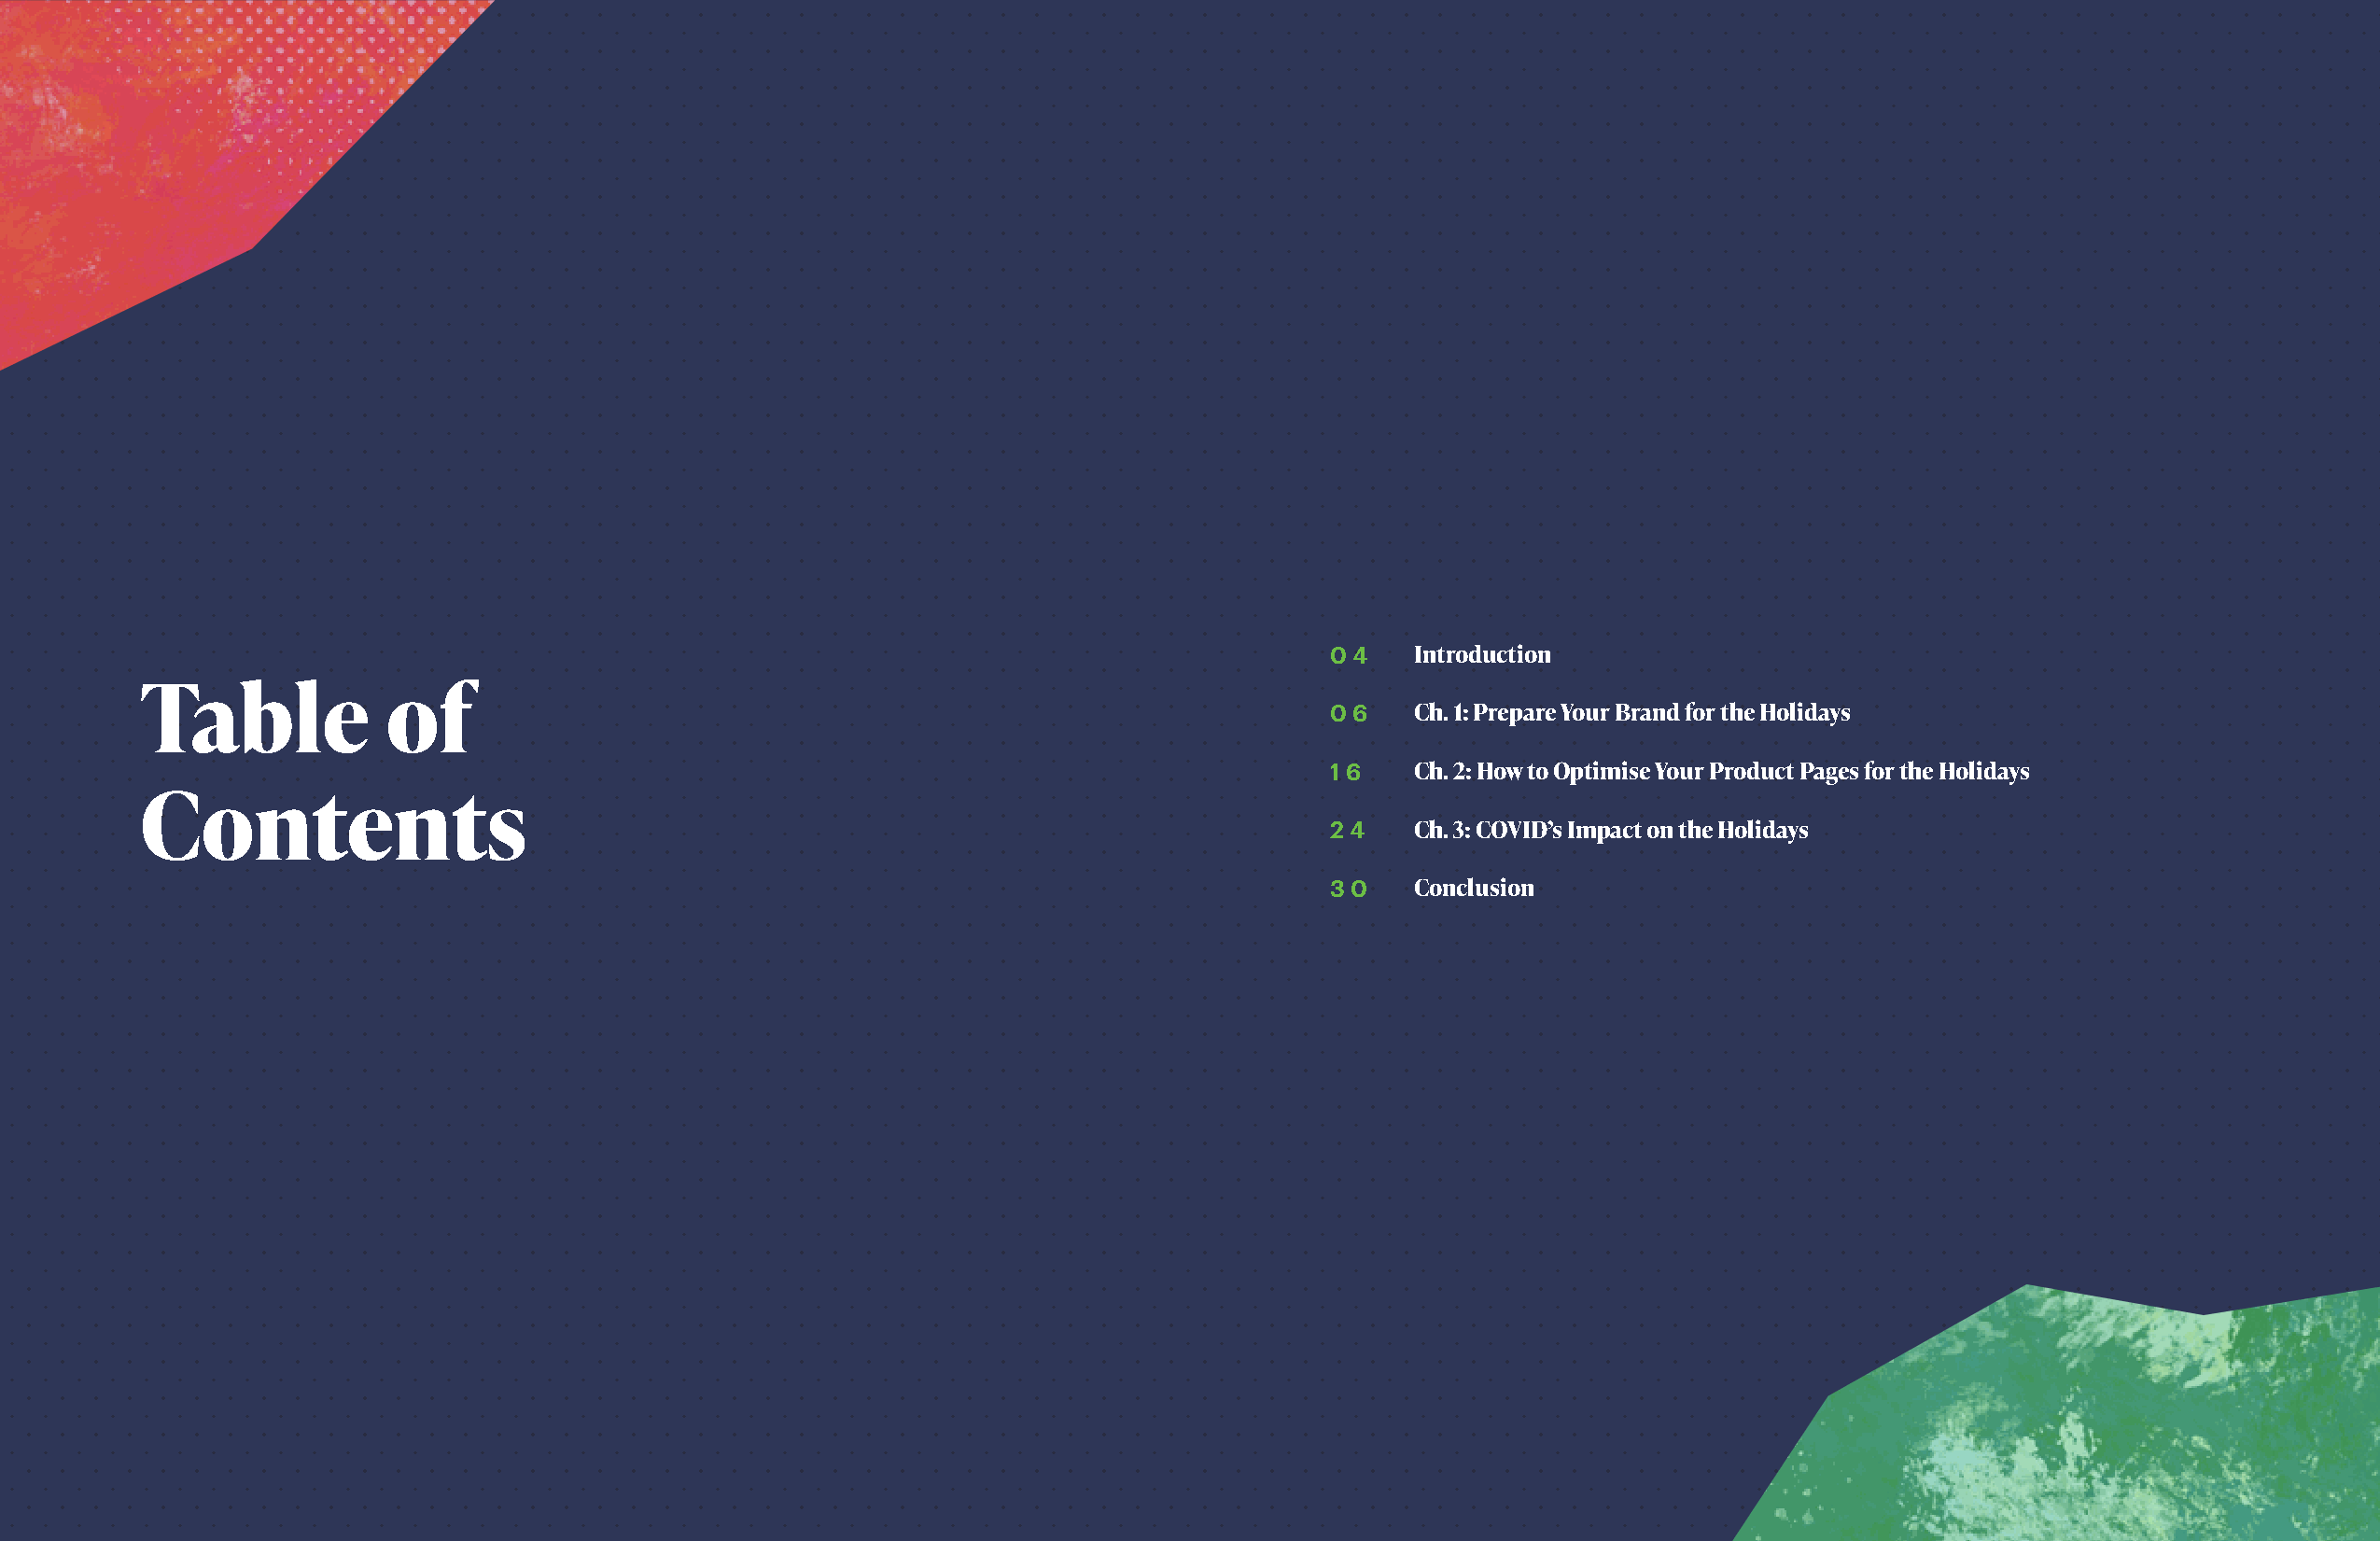
04    Introduction
 Table            of
 06    Ch. 1: Prepare Your Brand for the Holidays
 16    Ch. 2: How to Optimise Your Product Pages for the Holidays
 Contents
 24    Ch. 3: COVID’s Impact on the Holidays
 30    Conclusion
 2                                                                                   3